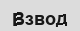
Взвод